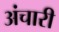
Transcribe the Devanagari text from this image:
अंचारी